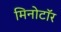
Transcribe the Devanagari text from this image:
मिनोटॉर